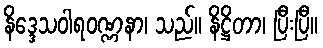
နိဒ္ဒေသဝါရဝဏ္ဏနာ၊ သည်။ နိဋ္ဌိတာ၊ ပြီးပြီ။